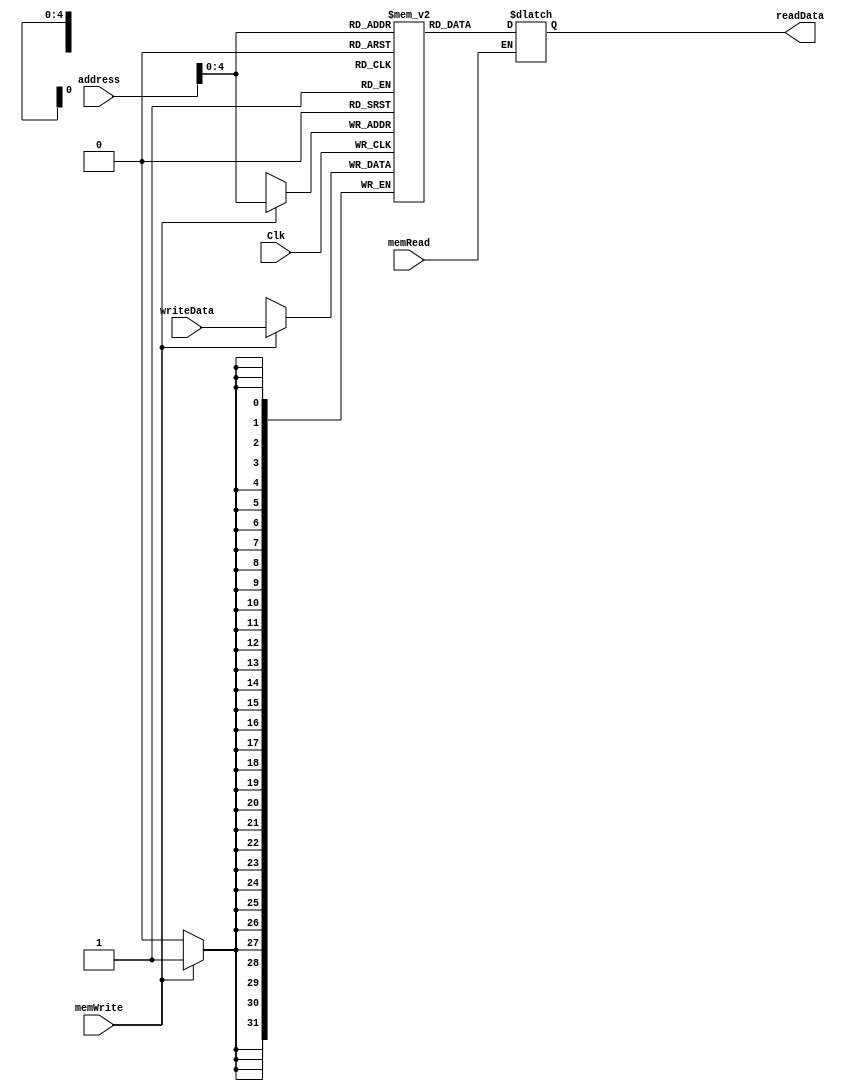
`timescale 1ns / 1ps
//////////////////////////////////////////////////////////////////////////////////
// Company: 
// Engineer: 
// 
// Design Name: 
// Module Name: dataMemory
// Project Name: 
// Target Devices: 
// Tool Versions: 
// Description: 
// 
// Dependencies: 
// 
// Revision:
// Revision 0.01 - File Created
// Additional Comments:
// 
//////////////////////////////////////////////////////////////////////////////////


module dataMemory(
    input Clk,
    input [31:0] address,
    input [31:0] writeData,
    input memWrite,
    input memRead,
    output [31:0] readData
    );
    
    reg [31:0] memFile[31:0];
    reg [31:0] ReadData;
    
    always @ (address)
    begin
        if(memRead)
        begin
            ReadData = memFile[address];
        end
    end
    assign readData = ReadData;
    
    always @ (negedge Clk)
    begin
        if(memWrite)
                memFile[address] = writeData;
    end
endmodule